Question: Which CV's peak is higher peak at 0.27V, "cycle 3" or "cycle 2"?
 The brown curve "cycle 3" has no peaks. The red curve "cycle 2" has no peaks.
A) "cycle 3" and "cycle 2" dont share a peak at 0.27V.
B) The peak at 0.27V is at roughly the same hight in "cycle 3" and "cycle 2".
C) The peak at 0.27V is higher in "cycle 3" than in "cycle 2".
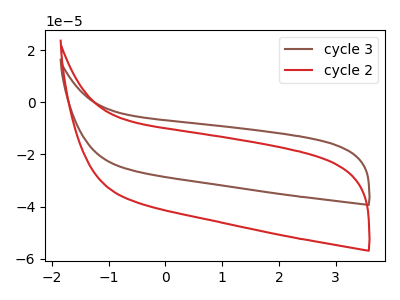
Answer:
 <answer>A) "cycle 3" and "cycle 2" dont share a peak at 0.27V.</answer>
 <eval>A</eval>